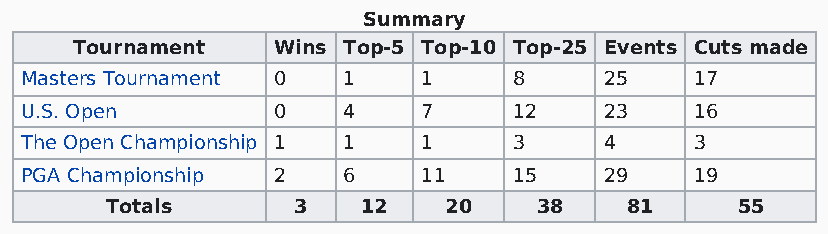
Summary
 Tournament   Wins Top-5 Top-10 Top-25 Events Cuts made
 Masters Tournament 0  1    1     8     25    17
 U.S. Open        0    4    7     12    23    16
 The Open Championship 1 1  1     3     4     3
 PGA Championship 2    6    11    15    29    19
 Totals      3    12   20    38    81      55